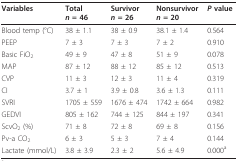
<table><thead><tr><td><b>Variables</b></td><td><b>Total<i>n </i>= 46</b></td><td><b>Survivor<i>n </i>= 26</b></td><td><b>Nonsurvivor<i>n </i>= 20</b></td><td><b><i>P </i>value</b></td></tr></thead><tbody><tr><td>Blood temp (°C)</td><td>38 ± 1.1</td><td>38 ± 0.9</td><td>38.1 ± 1.4</td><td>0.564</td></tr><tr><td>PEEP</td><td>7 ± 3</td><td>7 ± 3</td><td>7 ± 2</td><td>0.910</td></tr><tr><td>Basic FiO<sub>2</sub></td><td>49 ± 9</td><td>47 ± 8</td><td>51 ± 9</td><td>0.078</td></tr><tr><td>MAP</td><td>87 ± 12</td><td>88 ± 12</td><td>85 ± 12</td><td>0.513</td></tr><tr><td>CVP</td><td>11 ± 3</td><td>12 ± 3</td><td>11 ± 4</td><td>0.319</td></tr><tr><td>CI</td><td>3.7 ± 1</td><td>3.9 ± 0.8</td><td>3.6 ± 1.3</td><td>0.111</td></tr><tr><td>SVRI</td><td>1705 ± 559</td><td>1676 ± 474</td><td>1742 ± 664</td><td>0.982</td></tr><tr><td>GEDVI</td><td>805 ± 162</td><td>744 ± 125</td><td>844 ± 197</td><td>0.341</td></tr><tr><td>ScvO<sub>2 </sub>(%)</td><td>71 ± 8</td><td>72 ± 8</td><td>69 ± 8</td><td>0.156</td></tr><tr><td>Pv-a CO<sub>2</sub></td><td>6 ± 3</td><td>5 ± 3</td><td>7 ± 4</td><td>0.144</td></tr><tr><td>Lactate (mmol/L)</td><td>3.8 ± 3.9</td><td>2.3 ± 2</td><td>5.6 ± 4.9</td><td>0.000<sup>a</sup></td></tr></tbody></table>